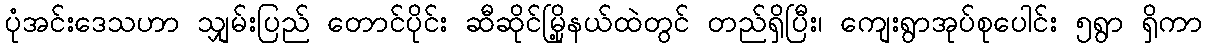
ပုံအင်းဒေသဟာ သျှမ်းပြည် တောင်ပိုင်း ဆီဆိုင်မြို့နယ်ထဲတွင် တည်ရှိပြီး၊ ကျေးရွာအုပ်စုပေါင်း ၅ရွာ ရှိကာ